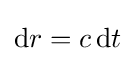
\mathrm {d} r=c\,\mathrm {d} t